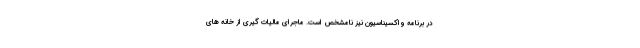
در برنامه واکسیناسیون نیز نامشخص است. ماجرای مالیات گیری از خانه های